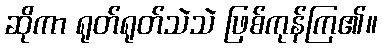
ဆိုကာ ရုတ်ရုတ်သဲသဲ ဖြစ်ကုန်ကြ၏။